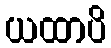
ယထာပိ